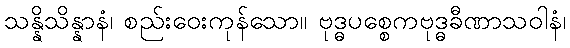
သန္နိသိန္နာနံ၊ စည်းဝေးကုန်သော။ ဗုဒ္ဓပစ္စေကဗုဒ္ဓခီဏာသဝါနံ၊